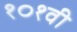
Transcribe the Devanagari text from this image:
१०१वी